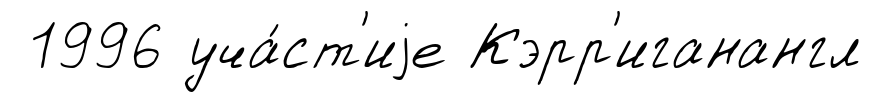
1996 уча́ст'иjе Кэрр'иганангл